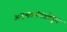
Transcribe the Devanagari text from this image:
अनुभवसंपन्नतेतून